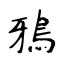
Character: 鴉